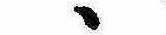
ゝ